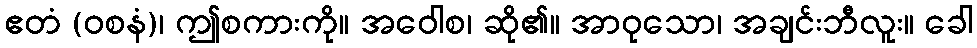
ဧတံ (ဝစနံ)၊ ဤစကားကို။ အဝေါစ၊ ဆို၏။ အာဝုသော၊ အချင်းဘီလူး။ ခေါ